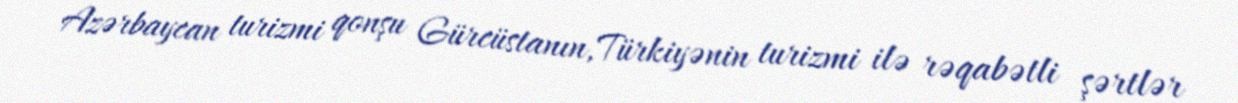
Azərbaycan turizmi qonşu Gürcüstanın, Türkiyənin turizmi ilə rəqabətli şərtlər